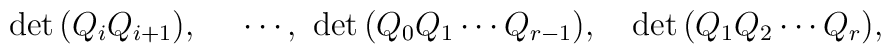
\quad\mathrm{det }\,(Q_{i}Q_{i+1}),\quad \,\,\cdots,\,\,\mathrm{det }\,(Q_{0}Q_{1}\cdots Q_{r-1}),\quad \mathrm{det }\,(Q_{1}Q_{2}\cdots Q_{r}),